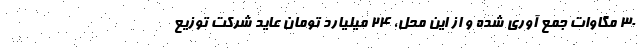
۳۰ مگاوات جمع آوری شده و از این محل، ۲۴ میلیارد تومان عاید شرکت توزیع